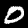
Label: 0